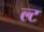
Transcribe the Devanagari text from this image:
ल्ट